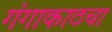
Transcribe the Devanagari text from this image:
गंगाकाठचा